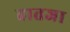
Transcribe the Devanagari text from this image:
हातजा